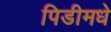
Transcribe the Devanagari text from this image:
पिडीमधे